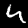
Label: 4